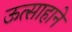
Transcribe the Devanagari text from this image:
ऊत्साहाने